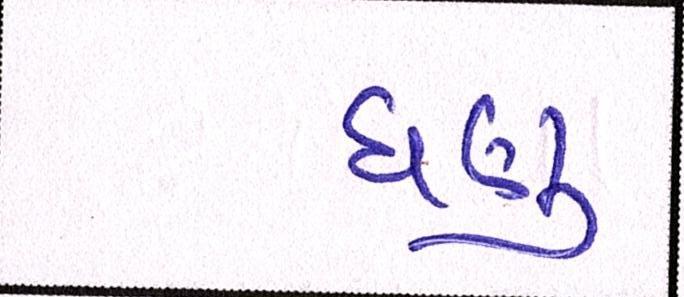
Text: ઘણુ